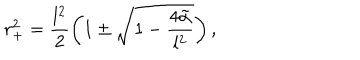
r _ { + } ^ { 2 } = \frac { l ^ { 2 } } { 2 } \left( 1 \pm \sqrt { 1 - \frac { 4 \tilde { \alpha } } { l ^ { 2 } } } \right) ,